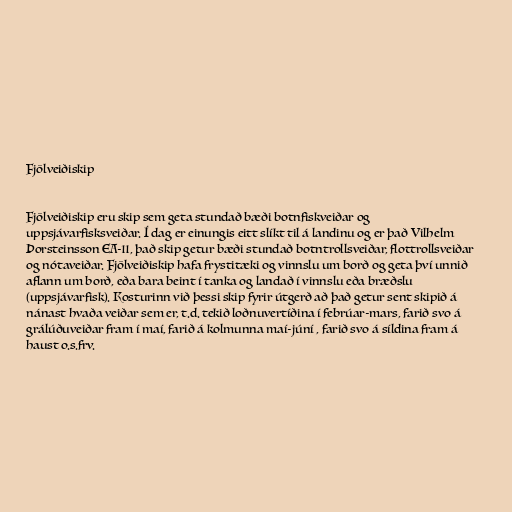
Fjölveiðiskip

Fjölveiðiskip eru skip sem geta stundað bæði botnfiskveiðar og
uppsjávarfisksveiðar. Í dag er einungis eitt slíkt til á landinu og er það Vilhelm
Þorsteinsson EA-11, það skip getur bæði stundað botntrollsveiðar, flottrollsveiðar
og nótaveiðar. Fjölveiðiskip hafa frystitæki og vinnslu um borð og geta því unnið
aflann um borð, eða bara beint í tanka og landað í vinnslu eða bræðslu
(uppsjávarfisk). Kosturinn við þessi skip fyrir útgerð að það getur sent skipið á
nánast hvaða veiðar sem er, t.d. tekið loðnuvertíðina í febrúar-mars, farið svo á
grálúðuveiðar fram í maí, farið á kolmunna maí-júní , farið svo á síldina fram á
haust o.s.frv.